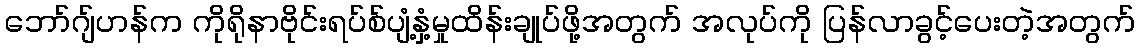
ဘော်ဂျ်ဟန်က ကိုရိုနာဗိုင်းရပ်စ်ပျံ့နှံ့မှုထိန်းချုပ်ဖို့အတွက် အလုပ်ကို ပြန်လာခွင့်ပေးတဲ့အတွက်